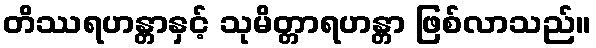
တိဿရဟန္တာနှင့် သုမိတ္တာရဟန္တာ ဖြစ်လာသည်။